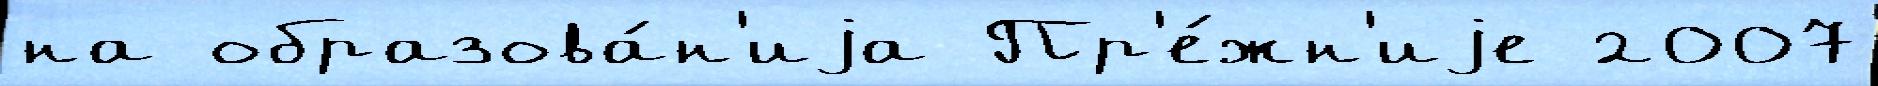
на образова́н'иjа Пр'е́жн'иjе 2007